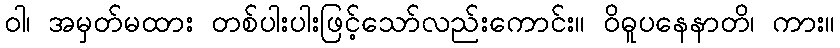
ဝါ၊ အမှတ်မထား တစ်ပါးပါးဖြင့်သော်လည်းကောင်း။ ဝိဓူပနေနာတိ၊ ကား။